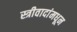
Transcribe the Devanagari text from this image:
स्त्रीवादांमधून